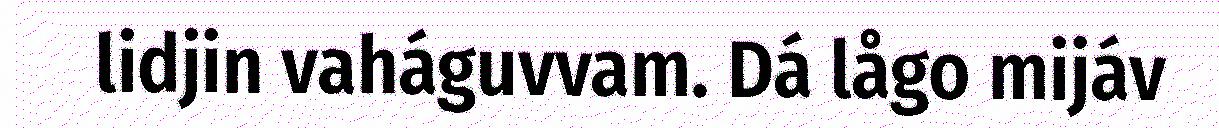
lidjin vaháguvvam. Dá lågo mijáv